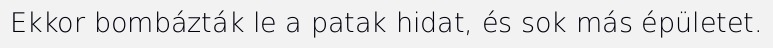
Ekkor bombázták le a patak hidat, és sok más épületet.